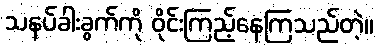
သနပ်ခါးခွက်ကို ဝိုင်းကြည့်နေကြသည်တဲ့။